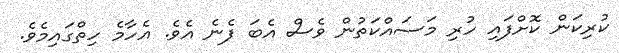
ކުރިކަން ކޮށްފައި ހުރި މަސައްކަތުން ވެސް އެބަ ފެނެ އެވެ. އެހާމެ ހިތްގައިމެވެ.